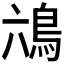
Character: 𮬭